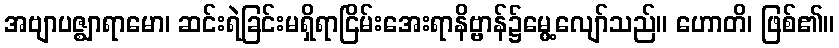
အဗျာပဇ္ဈာရာမော၊ ဆင်းရဲခြင်းမရှိရာငြိမ်းအေးရာနိဗ္ဗာန်၌မွေ့လျော်သည်။ ဟောတိ၊ ဖြစ်၏။